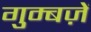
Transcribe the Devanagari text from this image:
गुम्बज़ें